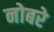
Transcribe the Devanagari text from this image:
नोबरे